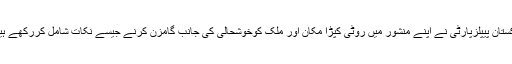
پاکستان پیپلزپارٹی نے اپنے منشور میں روٹی کپڑا مکان اور ملک کوخوشحالی کی جانب گامزن کرنے جیسے نکات شامل کررکھے ہیں۔